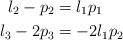
LaTeX: \begin{align*}l_2 - p_2 &= l_1p_1\\l_3 - 2p_3 &= -2l_1p_2\end{align*}